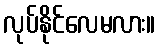
လုပ်နိုင်လေမလား။